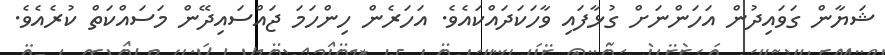
ޝަޔާން ގަވައިދުން އަހަންނަށް ގުޅާފައި ވާހަކަދައްކައެވެ. އަހަރެން ހިންހަމަ ޖައްސައިދޭން މަސައްކަތް ކުރެއެވެ.